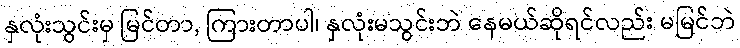
နှလုံးသွင်းမှ မြင်တာ, ကြားတာပါ၊ နှလုံးမသွင်းဘဲ နေမယ်ဆိုရင်လည်း မမြင်ဘဲ